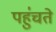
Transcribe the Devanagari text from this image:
पहु॑चते